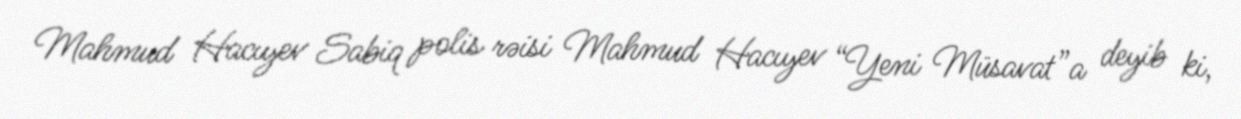
Mahmud Hacıyev Sabiq polis rəisi Mahmud Hacıyev “Yeni Müsavat”a deyib ki,